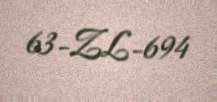
63-ZL-694